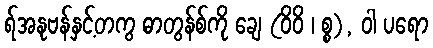
ရ်အနုဗန်နှင့်တကွ ဓာတွန်စ်ကို ချေ (ဝိဝိ ၊ စ္စ), ဝါ ပရော